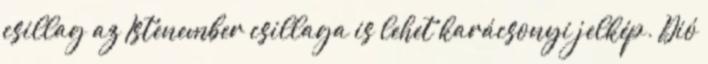
csillag az Istenember csillaga is lehet karácsonyi jelkép. Dió